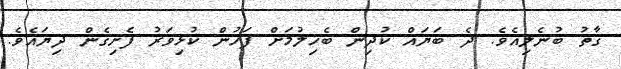
ގާތު ބުނެލިއެވެ. ދެ ބަޔައް ކުދިން ބެހިލުމަށް ފަހުން ކުޅިވަރު ފެށިގެން ދިޔައެވެ.